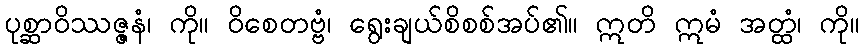
ပုစ္ဆာဝိဿဇ္ဇနံ၊ ကို။ ဝိစေတဗ္ဗံ၊ ရွေးချယ်စိစစ်အပ်၏။ ဣတိ ဣမံ အတ္ထံ၊ ကို။